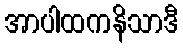
အာပါထကနိသာဒီ